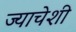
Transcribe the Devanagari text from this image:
ज्याचेशी